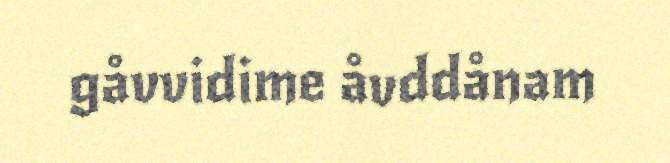
gåvvidime åvddånam